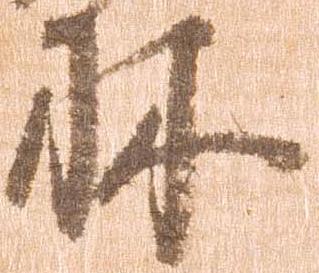
林